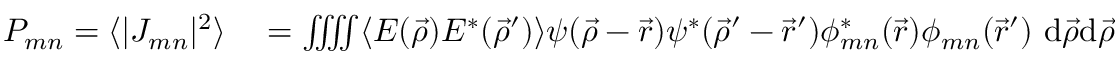
\begin{array} { r l } { P _ { m n } = \langle | J _ { m n } | ^ { 2 } \rangle } & { { } = \iiiint \langle E ( \vec { \rho } ) E ^ { * } ( \vec { \rho } ^ { \prime } ) \rangle \psi ( \vec { \rho } - \vec { r } ) \psi ^ { * } ( \vec { \rho } ^ { \prime } - \vec { r } ^ { \prime } ) \phi _ { m n } ^ { * } ( \vec { r } ) \phi _ { m n } ( \vec { r } ^ { \prime } ) \ \mathrm { d } \vec { \rho } \mathrm { d } \vec { \rho } ^ { \prime } \mathrm { d } \vec { r } \mathrm { d } \vec { r } ^ { \prime } . } \end{array}